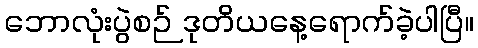
ဘောလုံးပွဲစဉ် ဒုတိယနေ့ရောက်ခဲ့ပါပြီ။